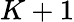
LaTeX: K+1